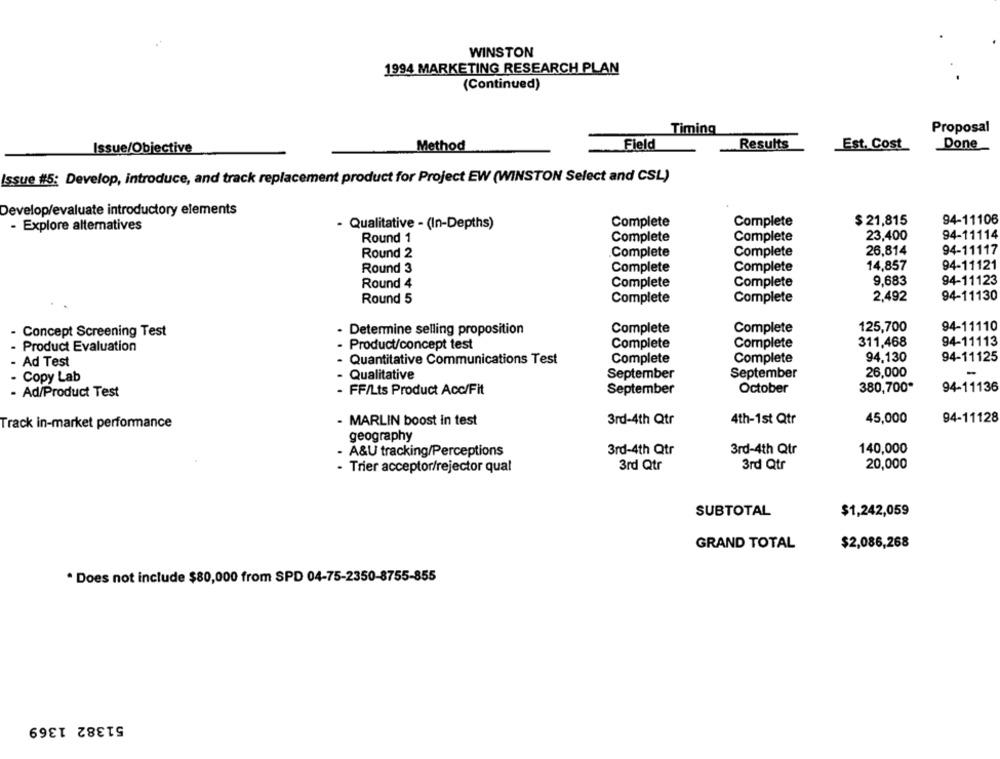
WINSTON
1994 MARKETING RESEARCH PLAN
(Continued)
Proposal
Timing
Field
Results
Done
Issue/Objective
Method
Est. Cost
Issue #5: Develop, introduce, and track replacement product for Project EW (WINSTON Select and CSL)
Develop/evaluate introductory elements
$ 21,815
94-11106
- Qualitative - (In-Depths)
Complete
Complete
- Explore alternatives
23,400
94-11114
Round 1
Complete
Complete
26,814
94-11117
Round 2
Complete
Complete
14,857
94-11121
Round 3
Complete
Complete
9,683
94-11123
Round 4
Complete
Complete
94-11130
Round 5
Complete
Complete
2,492
94-11110
- Concept Screening Test
- Determine selling proposition
Complete
Complete
125,700
311,468
94-11113
- Product Evaluation
- Product/concept test
Complete
Complete
94.130
94-11125
- Ad Test
- Quantitative Communications Test
Complete
Complete
26,000
-
- Copy Lab
- Qualitative
September
September
94-11136
- Ad/Product Test
- FF/Lts Product Acc/Fit
September
October
380,700*
Track in-market performance
- MARLIN boost in test
3rd-4th Qtr
4th-1st Qtr
45,000
94-11128
geography
140,000
- A&U tracking/Perceptions
3rd-4th Qtr
3rd-4th Qtr
- Trier acceptor/rejector qual
3rd Qtr
3rd Qtr
20,000
SUBTOTAL
$1,242,059
GRAND TOTAL
$2,086,268
* Does not include $80,000 from SPD 04-75-2350-8755-855
51382 1369